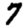
Digit: 7